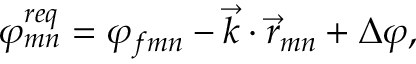
\varphi _ { m n } ^ { r e q } = \varphi _ { f m n } - \vec { k } \cdot \vec { r } _ { m n } + \Delta \varphi ,